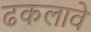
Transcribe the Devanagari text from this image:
ढकलावे